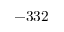
- 3 3 2